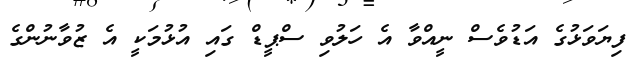
ފިޔަވަޅުގެ އަޑުވެސް ނީއްވާ އެ ހަލުވި ސްޕީޑް ގައި އުޅުމަކީ އެ ޒުވާނުންގެ